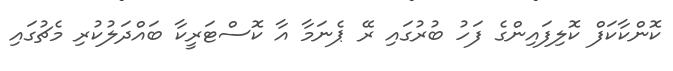
ކޮންކާކަފް ކޮލިފައިންގެ ފަހު ބުރުގައި ރޭ ޕެނަމާ އާ ކޮސްޓަރީކާ ބައްދަލުކުރި މެޗުގައި